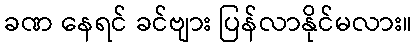
ခဏ နေရင် ခင်ဗျား ပြန်လာနိုင်မလား။